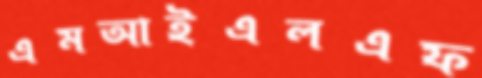
এমআইএলএফ